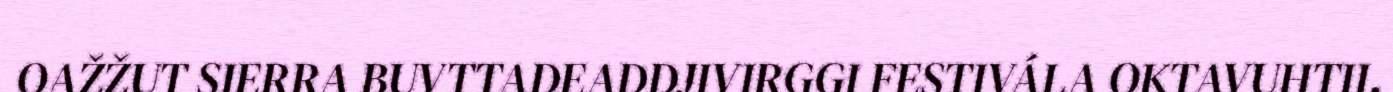
OAŽŽUT SIERRA BUVTTADEADDJIVIRGGI FESTIVÁLA OKTAVUHTII.